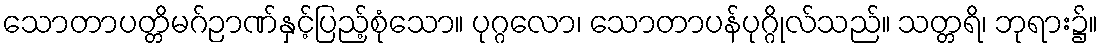
သောတာပတ္တိမဂ်ဉာဏ်နှင့်ပြည့်စုံသော။ ပုဂ္ဂလော၊ သောတာပန်ပုဂ္ဂိုလ်သည်။ သတ္တရိ၊ ဘုရား၌။